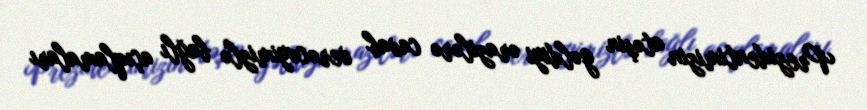
Prezidentimizin atəşin gəldiyi ərazilərə cavab verəcəyimizlə bağlı açıqlamaları